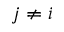
j \neq i